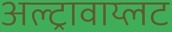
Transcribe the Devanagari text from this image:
अल्ट्रावाय्लट